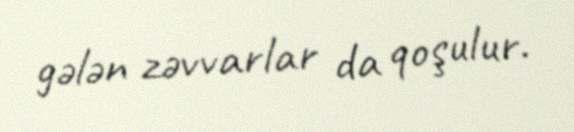
gələn zəvvarlar da qoşulur.